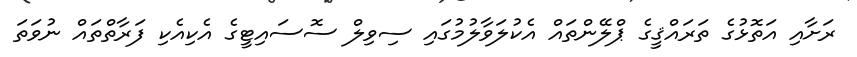
ރަށާއި އަތޮޅުގެ ތަރައްޤީގެ ޕްލޭންތައް އެކުލަވާލުމުގައި ސިވިލް ސޮސައިޓީގެ އެކިއެކި ފަރާތްތައް ނުވަތަ